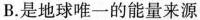
B.是地球唯一的能量来源